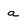
Character: a